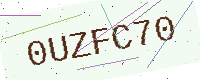
Text: 0UZFC70